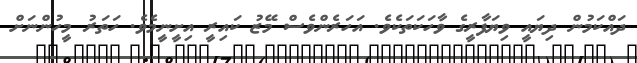
ދައްކަމުން ދިޔައީ ވިޔަފާރީގެ ވާހަކަތަކެވެ. އަހަރެންވެސް މޭޒު ކައިރީ އިށީނީމެވެ. ހަތަރު މީހުންނަށް